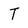
Character: T